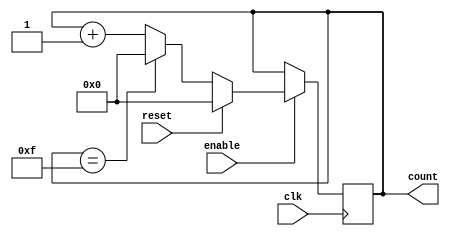
module Upcounter_B(clk, reset, enable, count);

input clk, reset, enable;
output reg [3:0] count;

always@(posedge clk)begin
if(enable)begin
	if(reset)begin
		count <= 4'b0000;//reset
	end
	else begin
		if(count == 4'b1111)begin
			count <= 4'b0000;  //wrap around
		end else begin
		count <= count + 4'b0001; //incrementation
		end
	end
end
end
endmodule